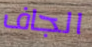
الجاف